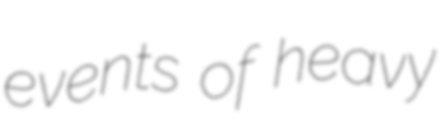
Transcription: events of heavy